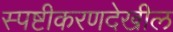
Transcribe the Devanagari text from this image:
स्पष्टीकरणदेखील